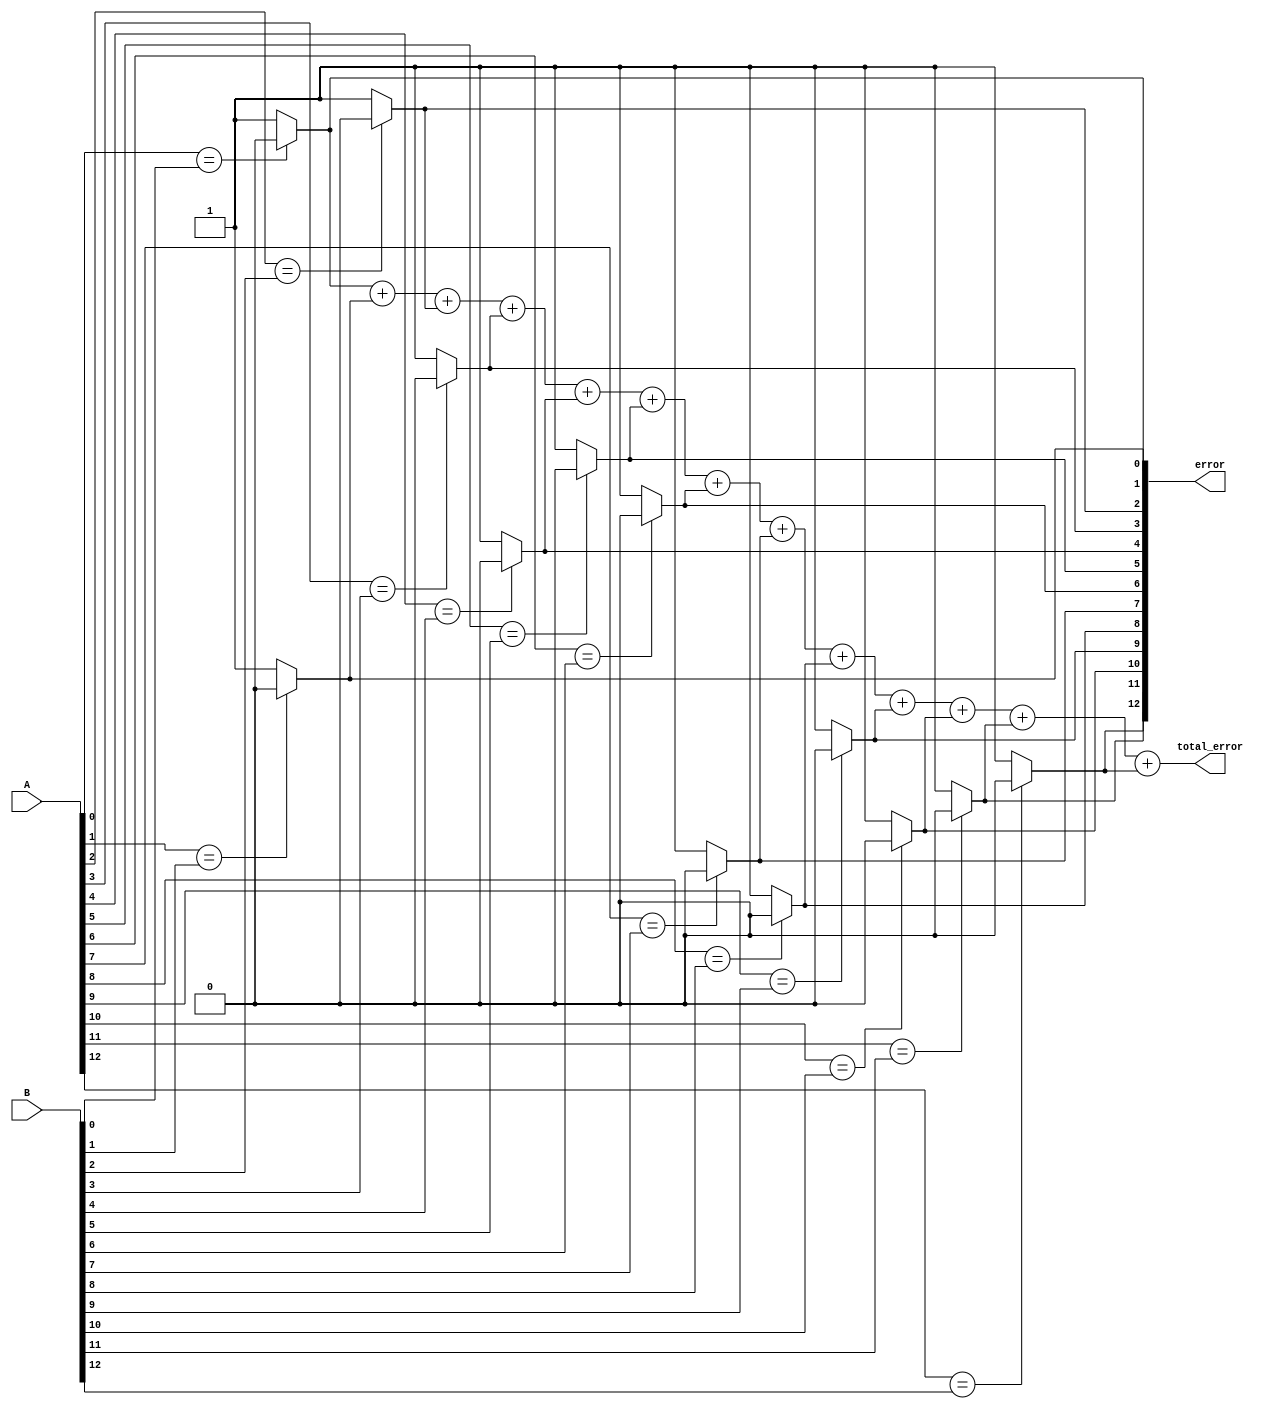
 					/*   "Comparator Module"   */
/*
This Module compares the transmitted and received pattern and calculates the error.
*/
module comp
(
	input [12:0] A,
	input [12:0] B, 
	output reg [12:0] error,
	output reg [12:0] total_error
);
initial begin
	error[12:0] <= 13'b0;
	total_error[12:0] <= 13'b0;
end
always @(A or B)
begin 
error[0] = ( A[0] == B[0])? 1'b0 : 1'b1;
error[1] = ( A[1] == B[1])? 1'b0 : 1'b1;
error[2] = ( A[2] == B[2])? 1'b0 : 1'b1;
error[3] = ( A[3] == B[3])? 1'b0 : 1'b1;
error[4] = ( A[4] == B[4])? 1'b0 : 1'b1;
error[5] = ( A[5] == B[5])? 1'b0 : 1'b1;
error[6] = ( A[6] == B[6])? 1'b0 : 1'b1;
error[7] = ( A[7] == B[7])? 1'b0 : 1'b1;
error[8] = ( A[8] == B[8])? 1'b0 : 1'b1;
error[9] = ( A[9] == B[9])? 1'b0 : 1'b1;
error[10] = ( A[10] == B[10])? 1'b0 : 1'b1;
error[11] = ( A[11] == B[11])? 1'b0 : 1'b1;
error[12] = ( A[12] == B[12])? 1'b0 : 1'b1;
total_error = error[0]+error[1]+error[2]+ error[3] + error[4] +  error[5] +  error[6] +  error[7] + error[8] +  error[9] +  error[10] +  error[11] + error[12] ;
//count = count + 8'd8 ;
end
endmodule